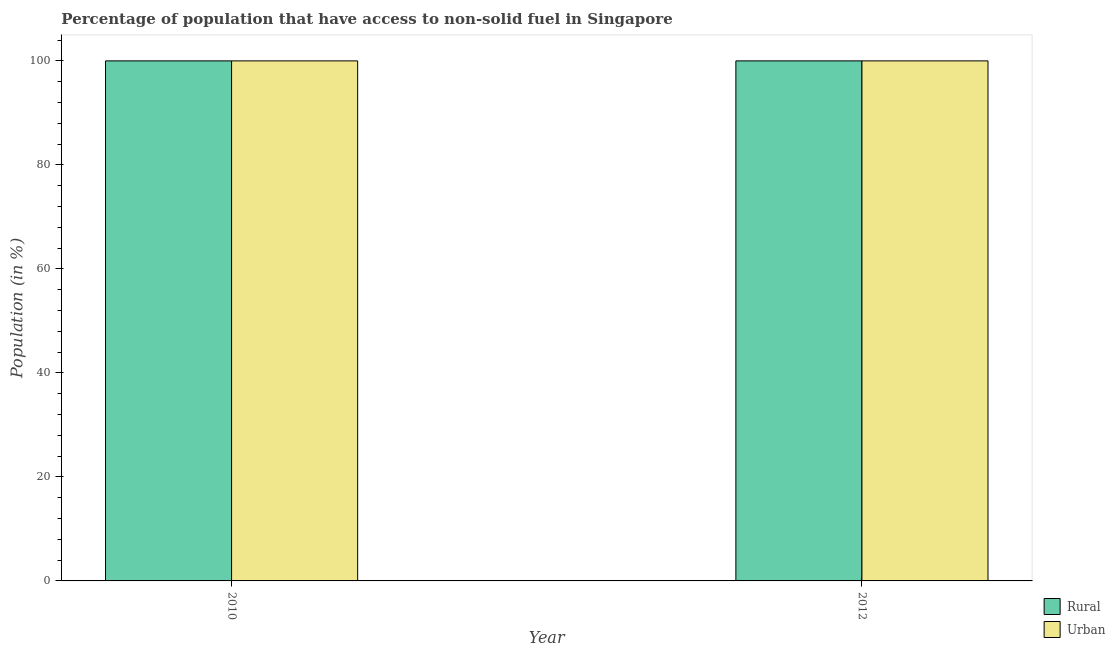
| Year | Rural | Urban |
 | --- | --- | --- |
 | 2010 | 100 | 100 |
 | 2012 | 100 | 100 |